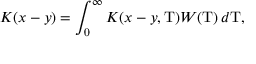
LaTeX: K ( x - y ) = \int _ { 0 } ^ { \infty } K ( x - y , \mathrm { T } ) W ( \mathrm { T } ) \, d \mathrm { T } ,